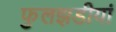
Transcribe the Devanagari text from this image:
फुलझडीयां